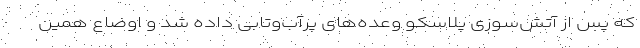
که پس از آتش‌سوزی پلاسکو وعده‌های پرآب‌وتابی داده شد و اوضاع همین